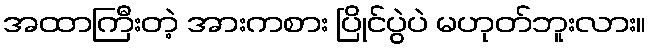
အထာကြီးတဲ့ အားကစား ပြိုင်ပွဲပဲ မဟုတ်ဘူးလား။